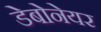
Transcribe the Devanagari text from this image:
डेबोनेयर